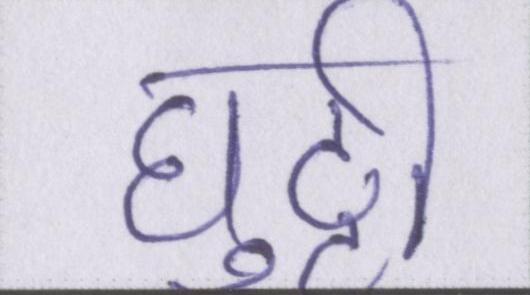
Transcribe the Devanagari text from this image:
घुट्टी